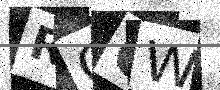
Text: RCCW